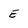
Character: E